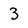
Character: 3